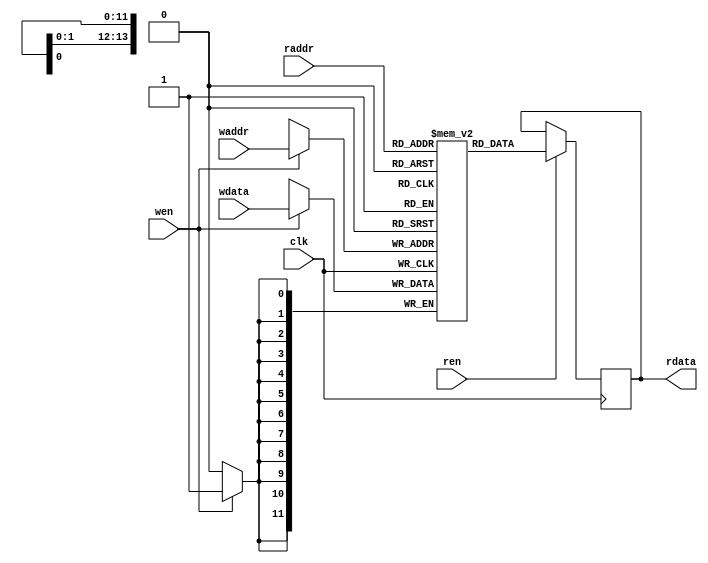

module vga_ram (
    input clk,	
	input wen, 
	input [13:0] waddr,
	input [11:0] wdata,	
    input ren,	
	input [13:0] raddr,		    	
    output reg [11:0] rdata
);
	//parameter MEM_INIT_FILE = "vid_ram.mem";
	(* ram_style = "block" *) reg [11:0] ram [0:12287];   //  memory for 16 character with dimension 16x16 pixels @ 12bpp
                                                          //4095 for 640x480; 12287 for 1280x720;
	//initial
	//if (MEM_INIT_FILE != "")
	//	$readmemh(MEM_INIT_FILE, ram);
	reg [11:0] pipeline_reg; //Additional register for pipeline
	
    //Without pipeline
    always @(posedge clk) 
	begin
		if (ren)
			rdata <= ram[raddr];
	end	

    //With pipeline
    /*always @(posedge clk) begin
        if (ren)
            pipeline_reg <= ram[raddr]; //First read from RAM
    end

    always @(posedge clk) begin
        rdata <= pipeline_reg; //Passing data from pipeline register to output
    end*/
			
    always @(posedge clk) 
	begin			
		if (wen)
			ram[waddr] <= wdata;
    end
	
endmodule